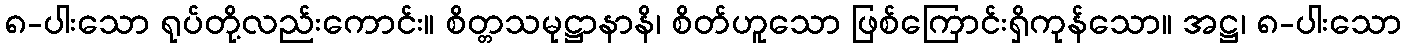
၈-ပါးသော ရုပ်တို့လည်းကောင်း။ စိတ္တသမုဋ္ဌာနာနိ၊ စိတ်ဟူသော ဖြစ်ကြောင်းရှိကုန်သော။ အဋ္ဌ၊ ၈-ပါးသော